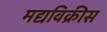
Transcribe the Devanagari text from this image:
मद्यविक्रीस